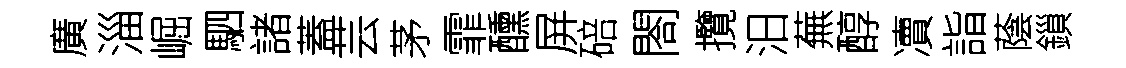
廣淄崛駟諸蓋芸茅霏醺屏碚閤攬汨蕪醇凟詣蔭鎻